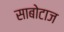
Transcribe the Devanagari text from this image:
साबोटाज